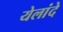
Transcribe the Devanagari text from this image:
येलांदे